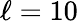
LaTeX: \ell=10